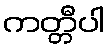
ကတ္တီပါ